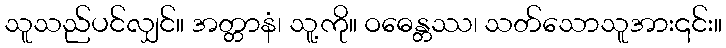
သူသည်ပင်လျှင်။ အတ္တာနံ၊ သူ့ကို။ ဝဓေန္တဿ၊ သတ်သောသူအား၎င်း။